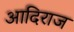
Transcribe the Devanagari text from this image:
आदिराज